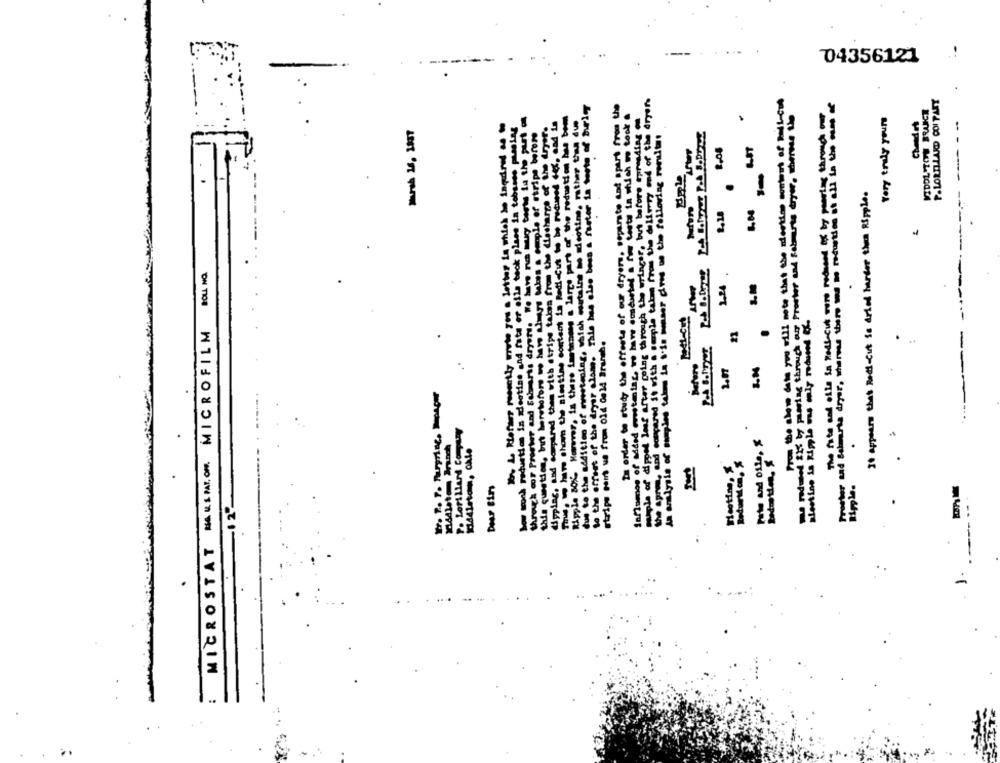
04356121
to the offest of the dryer slam. This has also bess & fuster la tonte of bur'
Thus, where whom the simstine content is RedieCut to be reduced (4, and is
5
It appears that Redi-Cut Se dried harder thea Ripple.
--
due to the addition of resteding, which this
ON TION
MICROSTAT MARLIAION. MICROFILM
Po Lorillard Company
-----------------
...